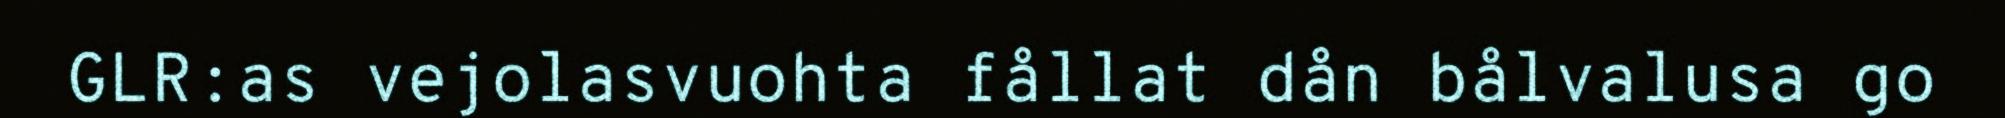
GLR:as vejolasvuohta fållat dån bålvalusa go